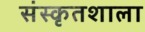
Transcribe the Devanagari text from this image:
संस्कृतशाला